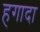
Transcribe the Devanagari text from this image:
हगादा